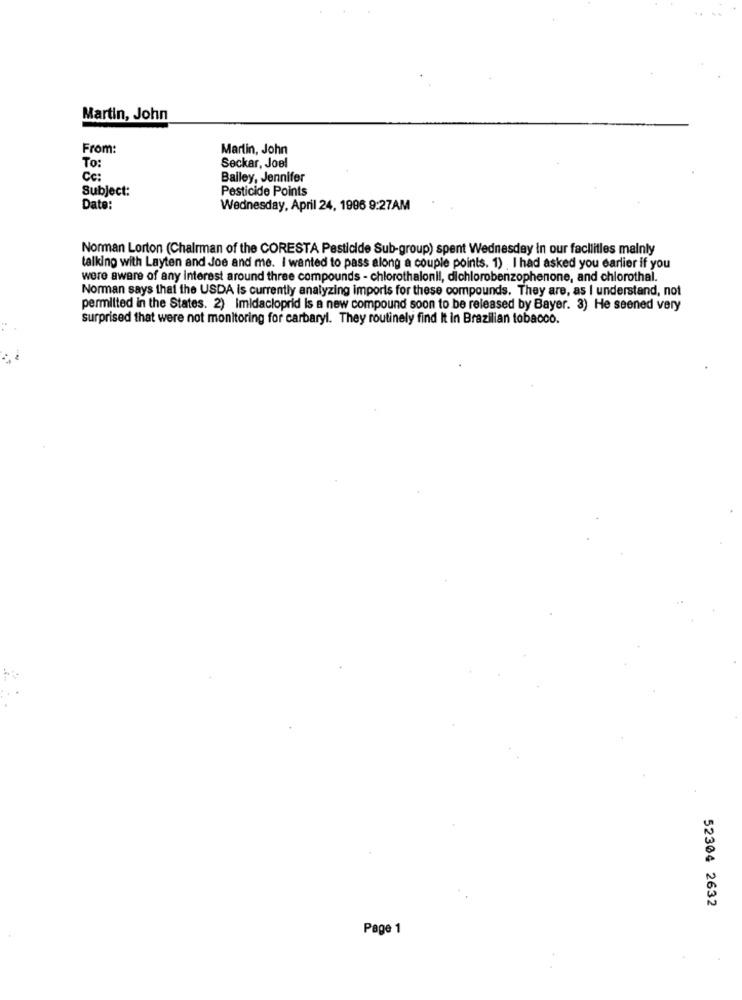
Martin, John
From:
Martin, John
To:
Seckar, Joel
Cc:
Bailey, Jennifer
Subject:
Pesticide Points
Date:
Wednesday, April 24, 1996 9:27AM
Norman Lorton (Chairman of the CORESTA Pesticide Sub-group) spent Wednesday in our facilities mainly
talking with Layten and Joe and me. I wanted to pass along a couple points. 1) .I had asked you earlier if you
were aware of any interest around three compounds - chlorothalonil, dichlorobenzophenone, and chlorothal.
Norman says that the USDA is currently analyzing imports for these compounds. They are, as I understand, not
permilted in the States. 2) imidacloprid is a new compound soon to be released by Bayer. 3) He seened very
surprised that were not monitoring for carbaryl. They routinely find It in Brazilian tobacco.
52304 2632
Page 1